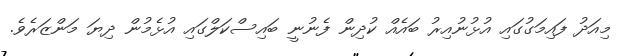
މިއަދު ފައިމަގުގައި އުޅުނުއިރު ބައެއް ކުދިން ފެނުނީ ބައިސްކަލްގައި އުޅެމުން ދިޔަ މަންޒަރެވެ.